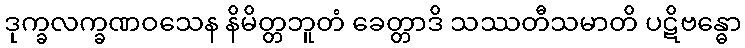
ဒုက္ခလက္ခဏဝသေန နိမိတ္တဘူတံ ခေတ္တာဒိ သဿတီသမာတိ ပဋိဗန္ဓော